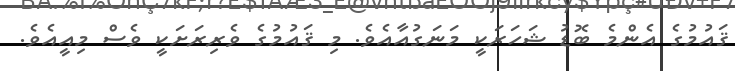
ޤައުމުގެ އެންމެ ބޮޑު ޝަހަރަކީ މަނަގުއާއެވެ. މި ޤައުމުގެ ވެރިރަށަކީ ވެސް މިއީއެވެ.